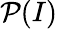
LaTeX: \mathcal{P}(I)